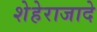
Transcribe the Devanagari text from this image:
शेहेराजादे